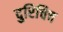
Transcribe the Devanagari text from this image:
दुरिचिच